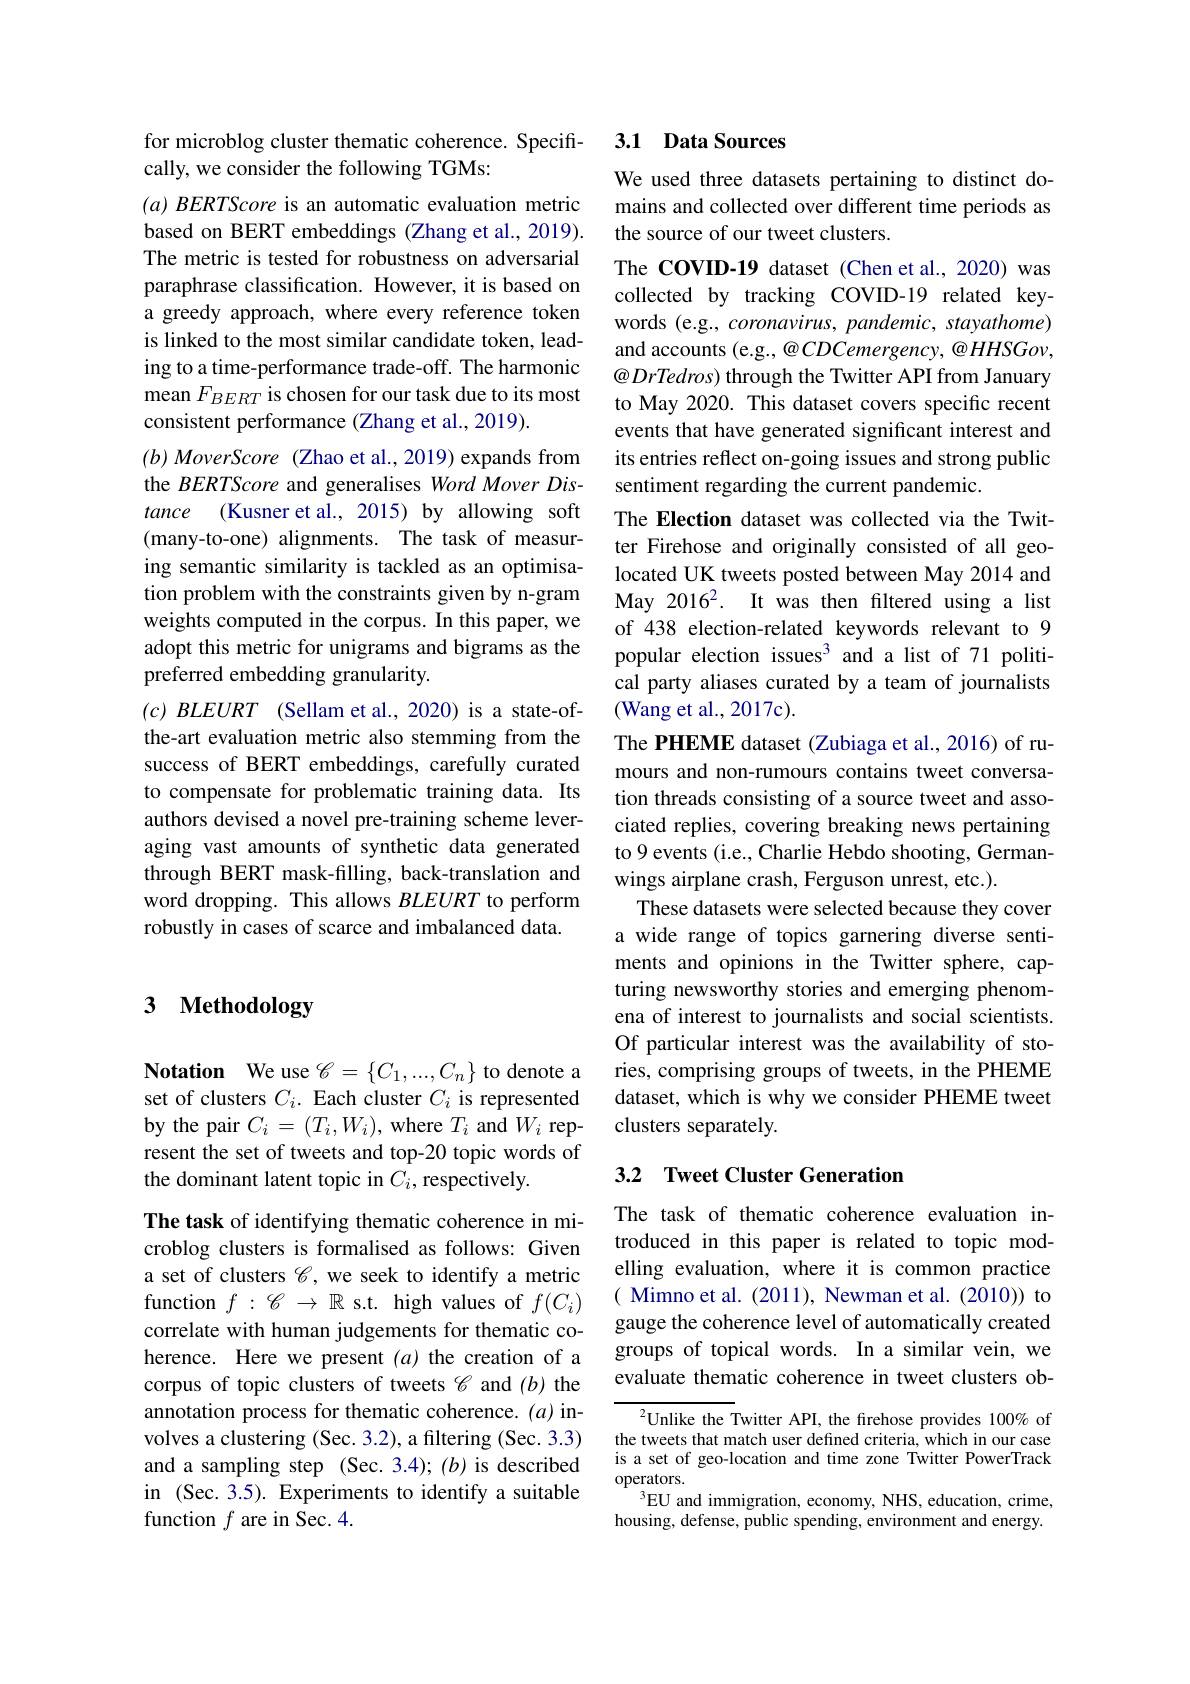
### for microblog cluster thematic coherence. Specifically, we consider the following TGMs:

$( a) \textit{BERTScore is an automatic evaluation metric}$ based on BERT embeddings (Zhang et al., 2019). The metric is tested for robustness on adversarial paraphrase classification. However, it is based on a greedy approach, where every reference token is linked to the most similar candidate token, leading to a time-performance trade-off. The harmonic mean $F_{BERT}$ is chosen for our task due to its most consistent performance (Zhang et al., 2019).
$( b) \textit{MoverScore ( Zhao et al. , 2019) expands from}$ the BERTScore and generalises Word Mover Distance (Kusner et al., 2015) by allowing soft (many-to-one) alignments. The task of measuring semantic similarity is tackled as an optimisation problem with the constraints given by n-gram weights computed in the corpus. In this paper, we adopt this metric for unigrams and bigrams as the preferred embedding granularity.
$( c) \textit{ BLEURT}$ (Sellam et al., 2020) is a state-ofthe-art evaluation metric also stemming from the success of BERT embeddings, carefully curated to compensate for problematic training data. Its authors devised a novel pre-training scheme leveraging vast amounts of synthetic data generated through BERT mask-filling, back-translation and word dropping. This allows $BLEURT$ to perform robustly in cases of scarce and imbalanced data.

## 3 Methodology

Notation We use $\mathscr{C}=\{C_1,...,C_n\}$ to denote a set of clusters $C_i.$ Each cluster $C_i$ is represented by the pair $C_i=(T_i,W_i)$, where $T_i$ and $W_i$ represent the set of tweets and top-20 topic words of the dominant latent topic in $C_i$,respectively

The task of identifying thematic coherence in microblog clusters is formalised as follows: Given a set of clusters $\mathscr{C}$, we seek to identify a metric function $f:\mathscr{C}\to\mathbb{R}$ s.t. high values of $f(C_i)$ correlate with human judgements for thematic coherence. Here we present $(a)$ the creation of a corpus of topic clusters of tweets $\mathscr{C}$ and (b) the annotation process for thematic coherence. (a) involves a clustering (Sec. 3.2), a filtering (Sec. 3.3) and a sampling step (Sec. 3.4); (b) is described in (Sec. 3.5). Experiments to identify a suitable function $f$ are in Sec. 4.

## 3.1 Data Sources

We used three datasets pertaining to distinct domains and collected over different time periods as the source of our tweet clusters.
The COVID-19 dataset (Chen et al., 2020) was collected by tracking COVID-19 related keywords (e.g., coronavirus, pandemic, stayathome) and accounts (e.g., @CDCemergency, @HHSGov, @DrTedros) through the Twitter API from January to May 2020. This dataset covers specific recent events that have generated significant interest and its entries reflect on-going issues and strong public sentiment regarding the current pandemic.
The Election dataset was collected via the Twitter Firehose and originally consisted of all geolocated UK tweets posted between May 2014 and May 20162. It was then filtered using a list of 438 election-related keywords relevant to 9 popular election issues$^3$ and a list of 71 political party aliases curated by a team of journalists (Wang et al., 2017c).
The PHEME dataset (Zubiaga et al., 2016) of rumours and non-rumours contains tweet conversation threads consisting of a source tweet and associated replies, covering breaking news pertaining to 9 events (i.e., Charlie Hebdo shooting, Germanwings airplane crash, Ferguson unrest, etc.).
These datasets were selected because they cover a wide range of topics garnering diverse sentiments and opinions in the Twitter sphere, capturing newsworthy stories and emerging phenomena of interest to journalists and social scientists. Of particular interest was the availability of stories, comprising groups of tweets, in the PHEME dataset, which is why we consider PHEME tweet clusters separately.

## 3.2 Tweet Cluster Generation

The task of thematic coherence evaluation introduced in this paper is related to topic modelling evaluation, where it is common practice ( Mimno et al. (2011), Newman et al. (2010)) to gauge the coherence level of automatically created groups of topical words. In a similar vein, we evaluate thematic coherence in tweet clusters ob-

${^{2}}$Unlike the Twitter API, the firehose provides 100% of the tweets that match user defined criteria, which in our case is a set of geo-location and time zone Twitter PowerTrack operators.
$^3$EU and immigration, economy, NHS, education, crime, housing, defense, public spending, environment and energy.